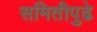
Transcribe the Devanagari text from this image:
समितीपुढे